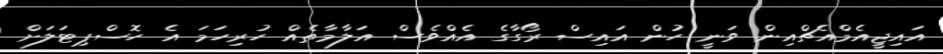
އައިޖީއެމްއެޗްއިން ވަނީ ހުން އައިސް ރޯގާގެ އެއްވެސް އަލާމާތެއް ހުރިހަމަ އެ ހޮސްޕިޓަލަށް